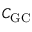
C _ { \mathrm { G C } }